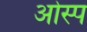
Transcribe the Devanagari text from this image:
ओस्प